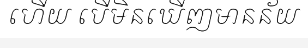
ហើយ បើមិនឃើញមានន័យ